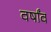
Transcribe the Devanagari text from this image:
वर्षांव